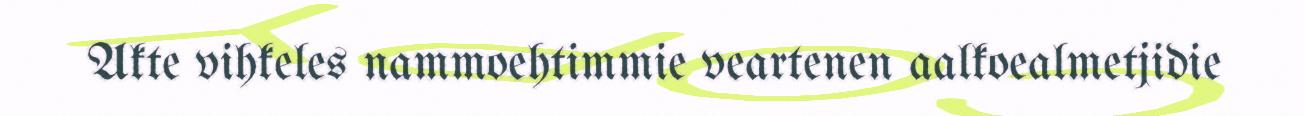
Akte vihkeles nammoehtimmie veartenen aalkoealmetjidie